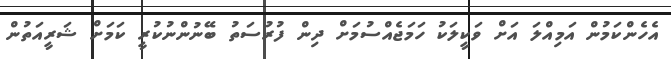
އެހެންކަމުން އަމިއްލަ އަށް ވަކީލަކު ހަމަޖެއްސުމަށް ދިން ފުރުސަތު ބޭނުންނުކުރީ ކަމަށް ޝަރީއަތުން